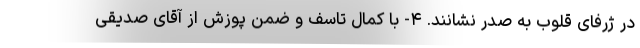
در ژرفای قلوب به صدر نشانند. ۴- با کمال تاسف و ضمن پوزش از آقای صدیقی